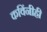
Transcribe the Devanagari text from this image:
कविंनीही